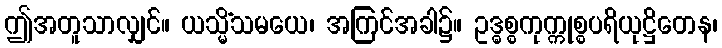
ဤအတူသာလျှင်။ ယသ္မိံသမယေ၊ အကြင်အခါ၌။ ဥဒ္ဓစ္စကုက္ကုစ္စပရိယုဋ္ဌိတေန၊